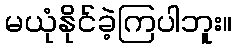
မယုံနိုင်ခဲ့ကြပါဘူး။